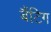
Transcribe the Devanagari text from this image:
बैंटिग